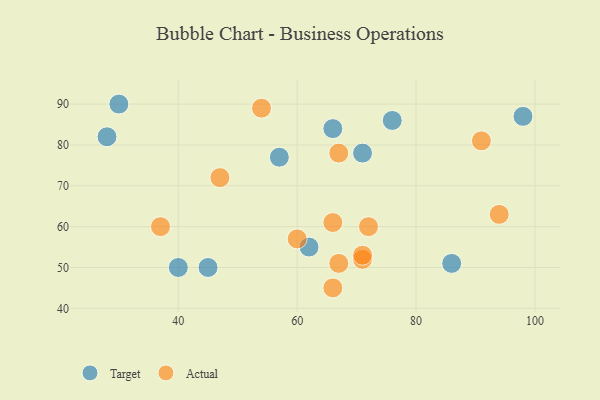
{"axis": {"x": "GDP", "y": "Life Expectancy"}, "legend": ["Actual", "Target"], "data": [{"x": "45", "y": 50, "type": "Target"}, {"x": "57", "y": 77, "type": "Target"}, {"x": "28", "y": 82, "type": "Target"}, {"x": "62", "y": 55, "type": "Target"}, {"x": "30", "y": 90, "type": "Target"}, {"x": "98", "y": 87, "type": "Target"}, {"x": "40", "y": 50, "type": "Target"}, {"x": "86", "y": 51, "type": "Target"}, {"x": "66", "y": 84, "type": "Target"}, {"x": "71", "y": 78, "type": "Target"}, {"x": "76", "y": 86, "type": "Target"}, {"x": "66", "y": 61, "type": "Actual"}, {"x": "91", "y": 81, "type": "Actual"}, {"x": "54", "y": 89, "type": "Actual"}, {"x": "60", "y": 57, "type": "Actual"}, {"x": "47", "y": 72, "type": "Actual"}, {"x": "67", "y": 51, "type": "Actual"}, {"x": "94", "y": 63, "type": "Actual"}, {"x": "66", "y": 45, "type": "Actual"}, {"x": "67", "y": 78, "type": "Actual"}, {"x": "72", "y": 60, "type": "Actual"}, {"x": "71", "y": 52, "type": "Actual"}, {"x": "37", "y": 60, "type": "Actual"}, {"x": "71", "y": 53, "type": "Actual"}]}